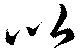
以